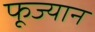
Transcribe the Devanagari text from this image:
फूज्यान